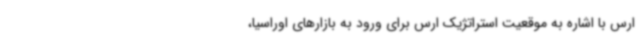
ارس با اشاره به موقعیت استراتژیک ارس برای ورود به بازارهای اوراسیا،